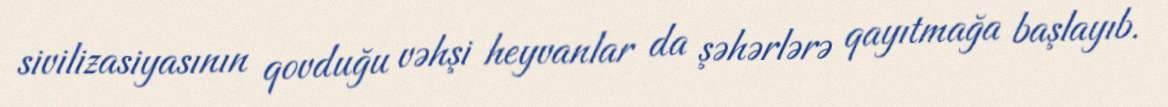
sivilizasiyasının qovduğu vəhşi heyvanlar da şəhərlərə qayıtmağa başlayıb.